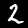
Digit: 2